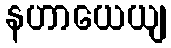
နဟာယေယျ